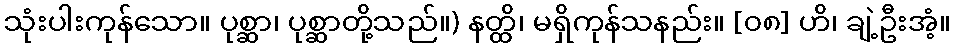
သုံးပါးကုန်သော။ ပုစ္ဆာ၊ ပုစ္ဆာတို့သည်။) နတ္ထိ၊ မရှိကုန်သနည်း။ [၀၈] ဟိ၊ ချဲ့ဦးအံ့။